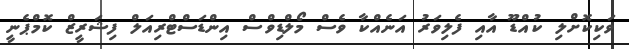
ވަކިކޮށްލި ކުއްޑޫ އާއި ފެލިވަރު އަނެއްކާ ވެސް މޯލްޑިވްސް އިންޑަސްޓްރިއަލް ފިޝަރީޒް ކޮމްޕެނީ